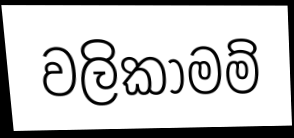
වලිකාමම්